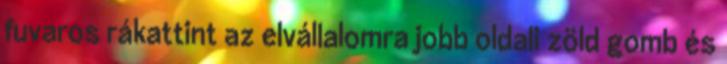
fuvaros rákattint az elvállalomra jobb oldali zöld gomb és